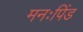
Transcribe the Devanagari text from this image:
मनःपिंड